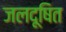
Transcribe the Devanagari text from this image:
जलदूषित